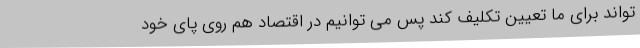
تواند برای ما تعیین تکلیف کند پس می توانیم در اقتصاد هم روی پای خود